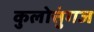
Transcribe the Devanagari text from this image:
कुलोत्तुंगज